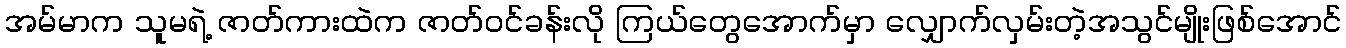
အမ်မာက သူမရဲ့ ဇာတ်ကားထဲက ဇာတ်ဝင်ခန်းလို ကြယ်တွေအောက်မှာ လျှောက်လှမ်းတဲ့အသွင်မျိုးဖြစ်အောင်